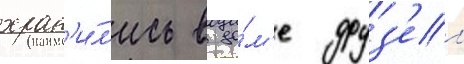
хран'и́л'ись в до́м'е друз'еи